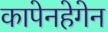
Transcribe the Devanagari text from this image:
कापेनहेगेन